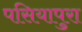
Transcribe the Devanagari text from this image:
पसियापुरा